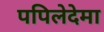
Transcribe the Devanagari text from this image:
पपिलेदेमा